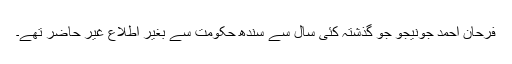
فرحان احمد جونیجو جو گذشتہ کئی سال سے سندھ حکومت سے بغیر اطلاع غیر حاضر تھے۔